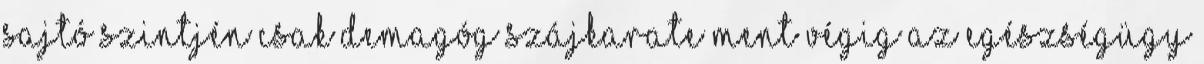
sajtó szintjén csak demagóg szájkarate ment végig az egészségügy